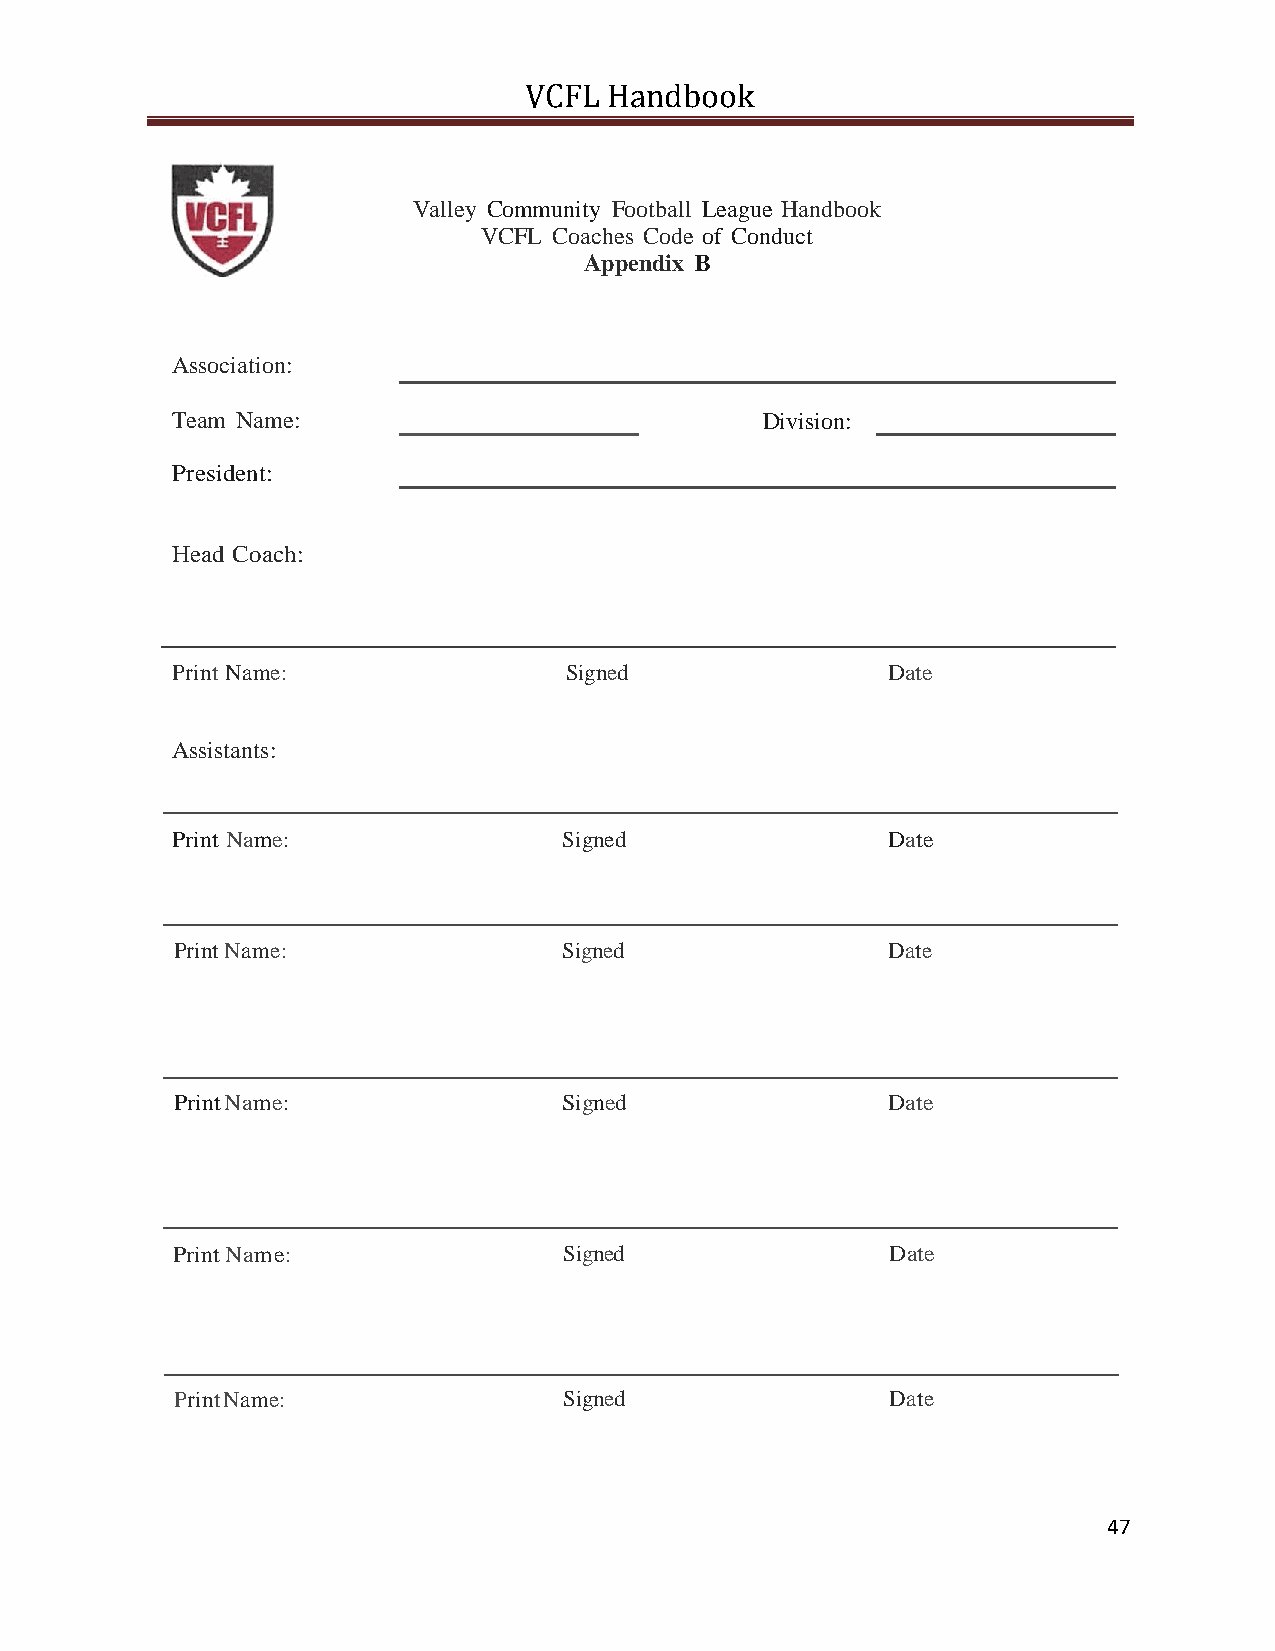
VCFL Handbook
 Valley Community Football League Handbook
 VCFL Coaches Code of Conduct
 Appendix B
 Association:
 Team Name:                             Division:
 President:
 Head Coach:
 Print Name:               Signed                Date
 Assistants:
 Print Name:               Signed                Date
 Print Name:              Signed                Date
 Print Name:              Signed                Date
 Print Name:               Signed                Date
 Print Name:              Signed                Date
 47